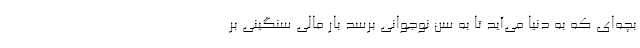
بچه‌ای که به دنیا می‌آید تا به سن نوجوانی برسد بار مالی سنگینی بر